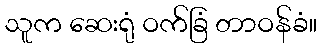
သူက ဆေးရုံ ဝက်ခြံ တာဝန်ခံ။